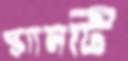
স্ক্যানটি